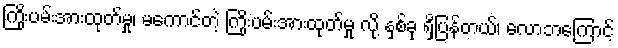
ကြိုးပမ်းအားထုတ်မှု၊ မကောင်တဲ့ ကြိုးပမ်းအားထုတ်မှု လို့ နှစ်ခု ရှိပြန်တယ်၊ လောဘကြောင့်